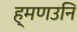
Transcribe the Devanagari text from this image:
ह्मणउनि